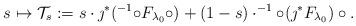
LaTeX: \begin{align*}s \mapsto \mathcal T_s := s \cdot \jmath^*( ^{-1} \circ F_{\lambda_0} \circ ) + (1-s) \cdot ^{-1}\circ (\jmath^* F_{\lambda_0}) \circ .\end{align*}